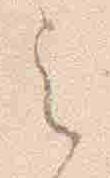
云